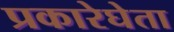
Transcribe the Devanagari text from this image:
प्रकारेघेता